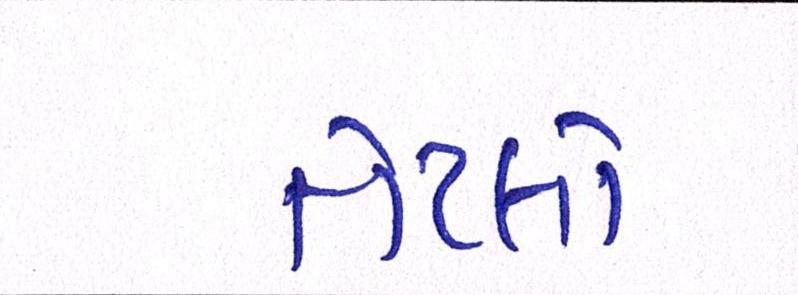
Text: તેટલો